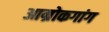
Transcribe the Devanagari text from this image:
आम्रोकगांग